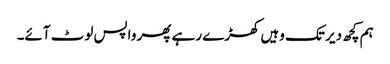
ہم کچھ دیر تک وہیں کھڑے رہے پھر واپس لوٹ آئے۔